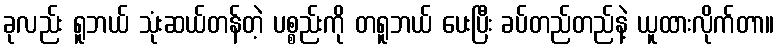
ခုလည်း ရူဘယ် သုံးဆယ်တန်တဲ့ ပစ္စည်းကို တရူဘယ် ပေးပြီး ခပ်တည်တည်နဲ့ ယူထားလိုက်တာ။